system: You are a helpful assistant.
user:
Analyze the provided spectrum to determine if it is a **Carbon Star (C-type)**.

- **Key Visual Indicators of Carbon Star:**
    - **(Primary):** Strong molecular absorption from **C₂ (diatomic carbon) "Swan Bands."** This is the **defining feature** of a carbon star.
        - **(Key Bandheads):** Sharp absorption edges are visible at approximately $5635$ Å, $5165$ Å (the strongest band), and $4737$ Å.
        - **(Line Profile):** Creates a distinct **"saw-tooth"** pattern. The key morphology is a sharp, steep bandhead on the **red (long-wavelength) side**, which then gradually tapers off (i.e., flux recovers) towards the **blue (short-wavelength) side**. *(This is the direct opposite of the TiO bands seen in M-type stars)*.

    - **(Secondary):** Intense **CN (cyanogen)** molecular absorption bands.
        - **(Key Bandheads):** Located in the blue and violet regions of the spectrum (e.g., near $4215$ Å and $3883$ Å).
        - **(Morphology):** These bands are extremely broad and act as a "blanket," absorbing the vast majority of blue and violet light. This creates a characteristic **"cliff"** or **"steep drop-off"** in the spectrum's flux at short wavelengths.

    - **(Key Confirmation):** Strong **CH absorption band (G-band)**.
        - **(Key Bandhead):** Located around $4300$ Å. The contribution from CH molecules to this band is exceptionally strong.

    - **(Overall Spectrum):**
        - The continuum is severely "chopped up" by these deep molecular bands, especially C₂, rather than appearing as a smooth curve.
        - Due to the heavy CN and C₂ absorption in the blue-green, the vast majority of the star's flux is concentrated in the red part of the spectrum, giving the star its characteristic deep red color.

Think first, call **spectral_visualization_tool** if needed to examine features in detail, then provide your final answer. Your response must adhere to the following strict rules:
1.  **Overall Structure:** Your response must follow the format `<think>...</think> <tool_call>...</tool_call> (if a tool is used) <answer>...</answer>`.
2.  **Tool Usage Constraint:** You may only make **one** tool call per turn.
3.  **Final Answer Format:** In the `<answer>` tag, your conclusion must be inside a `\boxed{}` command (e.g., `\boxed{YES}`), followed by your justification.

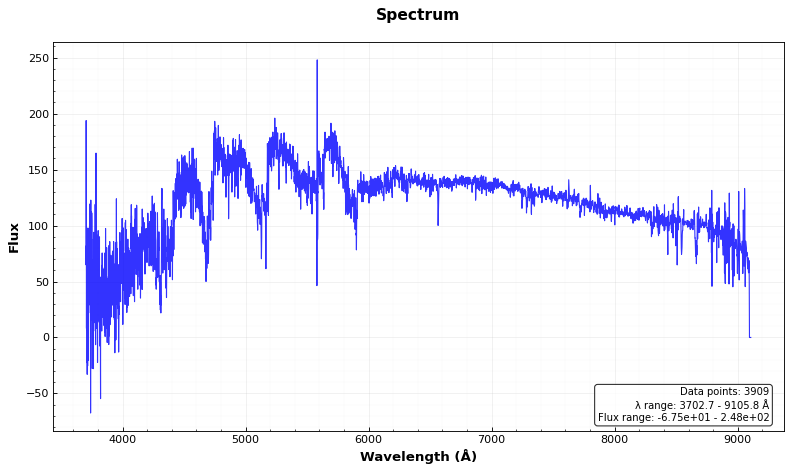
Answer: YES